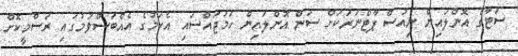
ސަޓާގެ އޮންލައިން ނިއުސް ޕާޓްނަރަކަށް ސަން އޮންލައިން ހަމަޖައްސައި އެކަމުގެ އެއްބަސްވުމުގައި ރަސްމީކޮށް